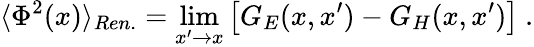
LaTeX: \langle\Phi^{2}(x)\rangle_{Ren.}=\operatorname*{lim}_{x^{\prime}\to x}\left[G_{E}(x,x^{\prime})-G_{H}(x,x^{\prime})\right]\ .